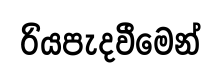
රියපැදවීමෙන්